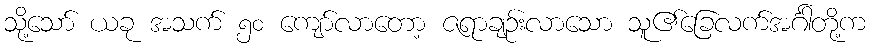
သို့သော် ယခု အသက် ၅၀ ကျော်လာတော့ ဇရာချဉ်းလာသော သူ၏ခြေလက်အင်္ဂါတို့က